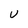
Character: u